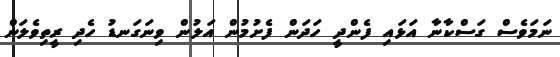
ނަމަވެސް ގަސްކާނާ އަޅައި ފެންދީ ހަދަން ފެށުމުން އަލުން ވިނަގަނޑު ހެދި ރީތިވެލަން